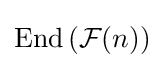
{\text{End}}\left({\mathcal {F}}(n)\right)